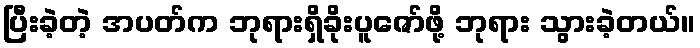
ပြီးခဲ့တဲ့ အပတ်က ဘုရားရှိခိုးပူဇော်ဖို့ ဘုရား သွားခဲ့တယ်။